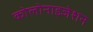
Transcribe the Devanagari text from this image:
कोलोनाइजेशन